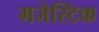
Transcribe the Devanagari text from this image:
मजेस्टिक